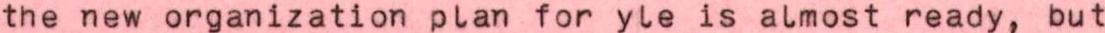
the new organization plan for yle is almost ready, but